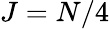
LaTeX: J=N/4